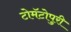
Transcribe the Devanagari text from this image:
टोमॅटोपुरी